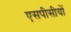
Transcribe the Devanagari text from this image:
एसपीसीयों